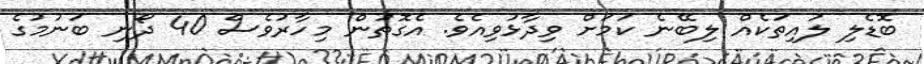
ބޮޑެލި ލުއިތަކެއް ލިބޭނެ ކަމަށް ވިދާޅުވިއެވެ. އެގޮތުން މިހާރުވެސް 40 ދޯނި ބަނުމުގެ